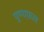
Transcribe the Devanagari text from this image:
पुण्यफ़ल